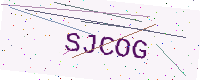
Text: SJCOG